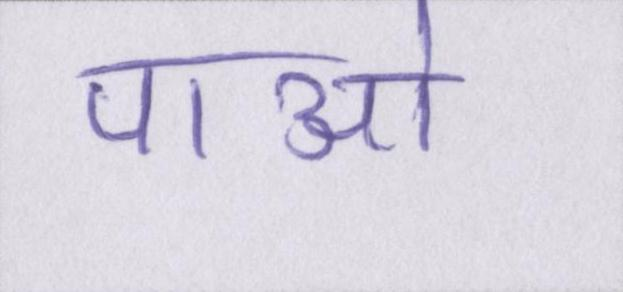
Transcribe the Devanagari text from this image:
पाओ